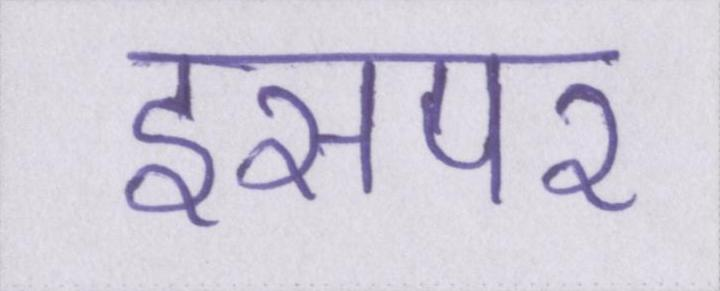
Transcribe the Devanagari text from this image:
इसपर